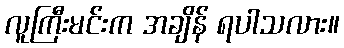
လူကြီးမင်းက အချိန် ရပါသလား။